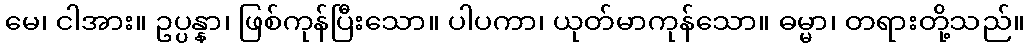
မေ၊ ငါအား။ ဥပ္ပန္နာ၊ ဖြစ်ကုန်ပြီးသော။ ပါပကာ၊ ယုတ်မာကုန်သော။ ဓမ္မာ၊ တရားတို့သည်။